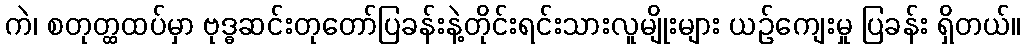
ကဲ၊ စတုတ္ထထပ်မှာ ဗုဒ္ဓဆင်းတုတော်ပြခန်းနဲ့တိုင်းရင်းသားလူမျိုးများ ယဉ်ကျေးမှု ပြခန်း ရှိတယ်။